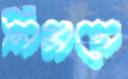
নিপ্পনে